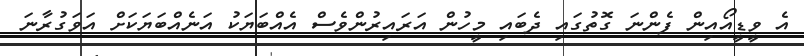
އެ ވީޑީއޯއިން ފެންނަ ގޮތުގައި ދެބައި މީހުން އަރައިރުންވެސް އެއްބަޔަކު އަނެއްބަޔަކަށް އަވަގުރާނަ